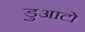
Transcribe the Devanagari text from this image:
डुआटो